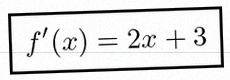
f'(x)=2x+3